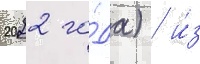
2022 го́да) / и́з